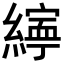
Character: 𦅜